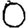
Digit: 0